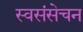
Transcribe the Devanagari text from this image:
स्वसंसेचन